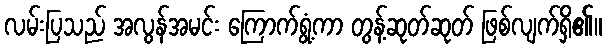
လမ်းပြသည် အလွန်အမင်း ကြောက်ရွံ့ကာ တွန့်ဆုတ်ဆုတ် ဖြစ်လျက်ရှိ၏။